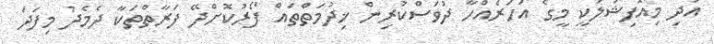
އަދި މިއޮފިޝަލަކީ މީގެ އަހަރެއްހާ ދުވަސްކުރިން ޚިދުމަތްތައް ފޯރުކޮށްދޭ ފަރާތްތަކާ ދެމެދު މިފަދަ